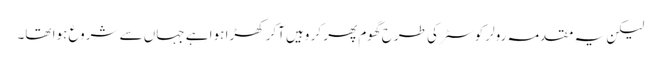
لیکن یہ مقدمہ رولر کوسٹر کی طرح گھوم پھر کر وہیں آکر کھڑا ہوا ہے جہاں سے شروع ہوا تھا۔